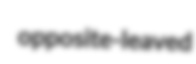
opposite-leaved